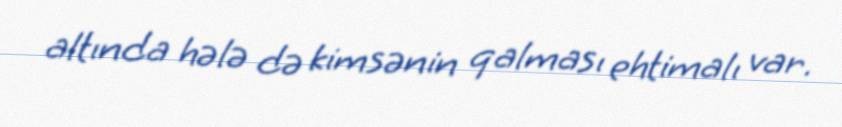
altında hələ də kimsənin qalması ehtimalı var.